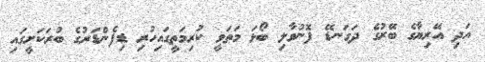
އަދި އޭރިޔާގެ ބޭރުގެ ދަގަނޑޭ ފޮނުވާލި ބޯޅަ މަތަވީ ކުރިމަތީގައިހުރި ޑިފެންޑަރުގެ ބުރަކަށީގައި